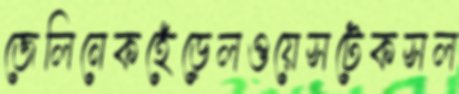
জেলিনেকহেঁড়েলওয়েসটেকসল